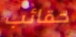
حقائب